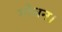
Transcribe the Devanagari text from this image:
गोधन।